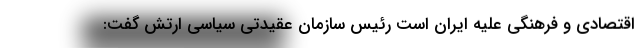
اقتصادی و فرهنگی علیه ایران است رئیس سازمان عقیدتی سیاسی ارتش گفت: